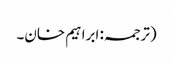
(ترجمہ: ابراہیم خان۔